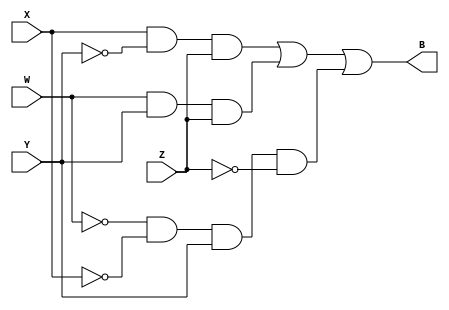
module mProj(W, X, Y, Z, B);
	input W, X, Y, Z;
	output B;
	
	assign B = (X & ~Y & Z) | (W & Y & Z) | (~W & ~ X & Y & ~Z);
	
endmodule